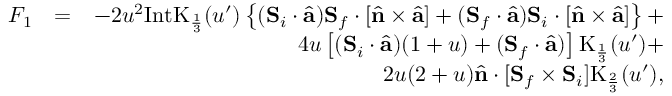
\begin{array} { r l r } { F _ { 1 } } & { = } & { - 2 u ^ { 2 } \mathrm { I n t K } _ { \frac { 1 } { 3 } } ( u ^ { \prime } ) \left\{ ( { \bf S } _ { i } \cdot \hat { \bf a } ) { \bf S } _ { f } \cdot \left[ \hat { \bf n } \times \hat { \bf a } \right] + ( { \bf S } _ { f } \cdot \hat { \bf a } ) { \bf S } _ { i } \cdot \left[ \hat { \bf n } \times \hat { \bf a } \right] \right\} + } \\ & { } & { 4 u \left[ ( { \bf S } _ { i } \cdot \hat { \bf a } ) ( 1 + u ) + ( { \bf S } _ { f } \cdot \hat { \bf a } ) \right] \mathrm { K } _ { \frac { 1 } { 3 } } ( u ^ { \prime } ) + } \\ & { } & { 2 u ( 2 + u ) \hat { \bf n } \cdot [ { \bf S } _ { f } \times { \bf S } _ { i } ] \mathrm { K } _ { \frac { 2 } { 3 } } ( u ^ { \prime } ) , } \end{array}